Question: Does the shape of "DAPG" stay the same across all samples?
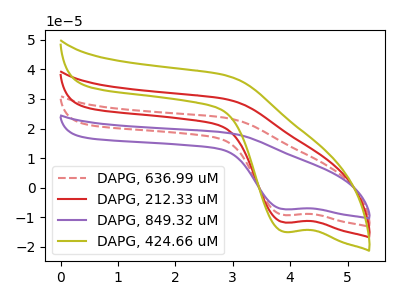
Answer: <think>The red dashed curve "DAPG, 636.99 uM" has a cathodic peak at: (3.90V, -23.65uA). The red curve "DAPG, 212.33 uM" has a cathodic peak at: (3.90V, -11.85uA). The purple curve "DAPG, 849.32 uM" has a cathodic peak at: (3.90V, -35.50uA). The olive curve "DAPG, 424.66 uM" has a cathodic peak at: (3.90V, -15.00uA).
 All the peaks in "DAPG, 636.99 uM" have a peak in "DAPG, 212.33 uM" at the same potential. Every peak in "DAPG, 636.99 uM" is higher than every peak in "DAPG, 212.33 uM". All the peaks in "DAPG, 636.99 uM" have a peak in "DAPG, 849.32 uM" at the same potential. Every peak in "DAPG, 636.99 uM" is lower than every peak in "DAPG, 849.32 uM". All the peaks in "DAPG, 636.99 uM" have a peak in "DAPG, 424.66 uM" at the same potential. Every peak in "DAPG, 636.99 uM" is higher than every peak in "DAPG, 424.66 uM". All the peaks in "DAPG, 212.33 uM" have a peak in "DAPG, 849.32 uM" at the same potential. Every peak in "DAPG, 212.33 uM" is lower than every peak in "DAPG, 849.32 uM". All the peaks in "DAPG, 212.33 uM" have a peak in "DAPG, 424.66 uM" at the same potential. Every peak in "DAPG, 212.33 uM" is lower than every peak in "DAPG, 424.66 uM". All the peaks in "DAPG, 849.32 uM" have a peak in "DAPG, 424.66 uM" at the same potential. Every peak in "DAPG, 849.32 uM" is higher than every peak in "DAPG, 424.66 uM".</think>
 <answer>All the CV's of "DAPG" have similar shape.</answer>
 <eval>follow_rule</eval>